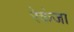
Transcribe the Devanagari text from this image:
रेकंजा